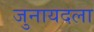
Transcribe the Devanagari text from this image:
जुनायदला